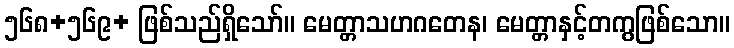
၅၆၈+၅၆၉+ ဖြစ်သည်ရှိသော်။ မေတ္တာသဟဂတေန၊ မေတ္တာနှင့်တကွဖြစ်သော။